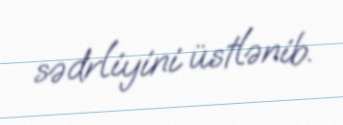
sədrliyini üstlənib.